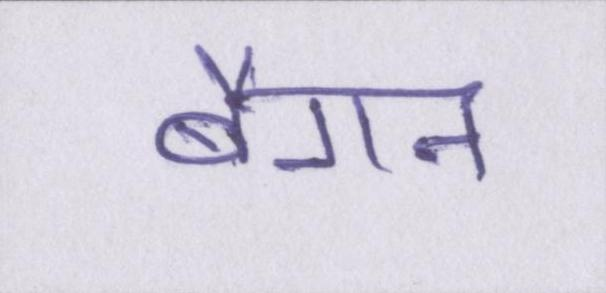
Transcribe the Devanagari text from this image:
बैंगन